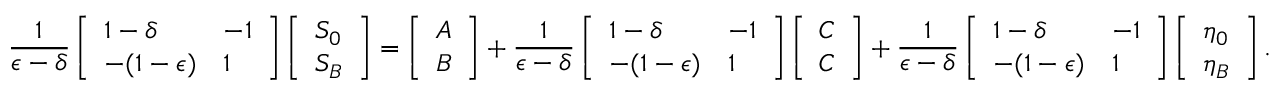
\frac { 1 } { \epsilon - \delta } \left[ \begin{array} { l l } { 1 - \delta } & { - 1 } \\ { - ( 1 - \epsilon ) } & { 1 } \end{array} \right] \left[ \begin{array} { l } { S _ { 0 } } \\ { S _ { B } } \end{array} \right] = \left[ \begin{array} { l } { A } \\ { B } \end{array} \right] + \frac { 1 } { \epsilon - \delta } \left[ \begin{array} { l l } { 1 - \delta } & { - 1 } \\ { - ( 1 - \epsilon ) } & { 1 } \end{array} \right] \left[ \begin{array} { l } { C } \\ { C } \end{array} \right] + \frac { 1 } { \epsilon - \delta } \left[ \begin{array} { l l } { 1 - \delta } & { - 1 } \\ { - ( 1 - \epsilon ) } & { 1 } \end{array} \right] \left[ \begin{array} { l } { \eta _ { 0 } } \\ { \eta _ { B } } \end{array} \right] .